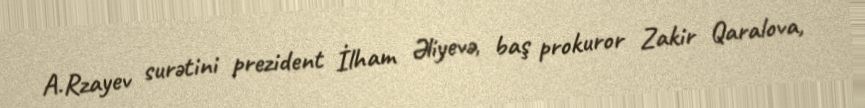
A.Rzayev surətini prezident İlham Əliyevə, baş prokuror Zakir Qaralova,